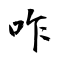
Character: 咋